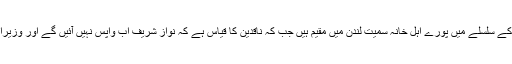
خیال رہے کہ سابق وزیر اعظم نواز شریف اپنی اہلیہ بیگم کلثوم نواز کے حلق کے کینسر کے علاج کے سلسلے میں پورے اہل خانہ سمیت لندن میں مقیم ہیں جب کہ ناقدین کا قیاس ہے کہ نواز شریف اب واپس نہیں آئیں گے اور وزیراعظم کی نشست سے نااہل ہونے کے بعد اب اپنی جماعت کی سربراہی سے بھی ہاتھ دھو بیٹھیں گے۔